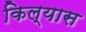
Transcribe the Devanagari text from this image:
किल्यास